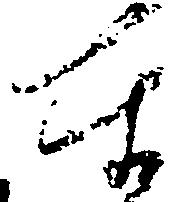
奉